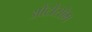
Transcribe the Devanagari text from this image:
औटोसोम